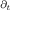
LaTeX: \scriptstyle \partial _ { t }